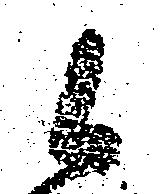
候